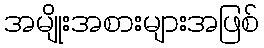
အမျိုးအစားများအဖြစ်